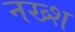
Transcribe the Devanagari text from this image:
नख्श